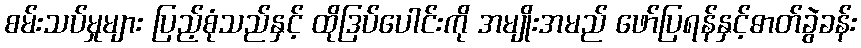
စမ်းသပ်မှုများ ပြည့်စုံသည်နှင့် ထိုဒြပ်ပေါင်းကို အမျိုးအမည် ဖော်ပြရန်နှင့်ဓာတ်ခွဲခန်း